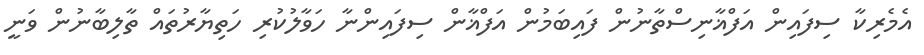
އެމެރިކާ ސިފައިން އަފްޣާނިސްތާނުން ފައިބަމުން އަފްޣާން ސިފައިންނާ ހަވާލުކުރި ހަތިޔާރުތައް ތާލިބާނުން ވަނީ